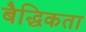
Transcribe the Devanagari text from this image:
बैद्धिकता